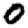
Digit: 0